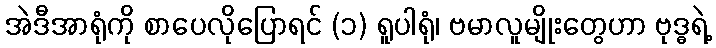
အဲဒီအာရုံကို စာပေလိုပြောရင် (၁) ရူပါရုံ၊ ဗမာလူမျိုးတွေဟာ ဗုဒ္ဓရဲ့